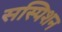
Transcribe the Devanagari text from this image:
सस्पिशन